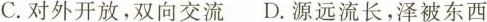
C.对外开放，双向交流D.源远流长，泽被东西